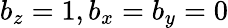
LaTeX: b_{z}=1,b_{x}=b_{y}=0